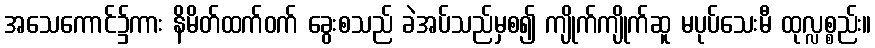
အသေကောင်၌ကား နိမိတ်ထက်ဝက် ခွေးစသည် ခဲအပ်သည်မှစ၍ ကျိုက်ကျိုက်ဆူ မပုပ်သေးမီ ထုလ္လစ္စည်း။